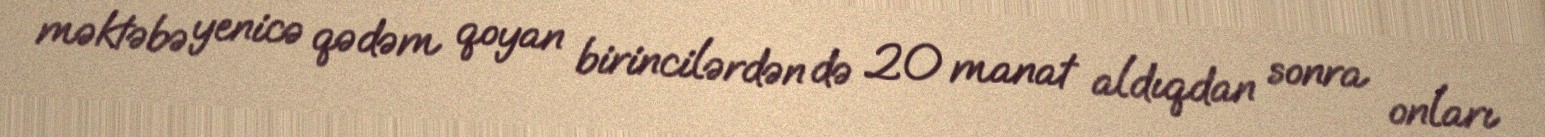
məktəbə yenicə qədəm qoyan birincilərdən də 20 manat aldıqdan sonra onları